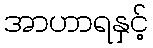
အာဟာရနှင့်